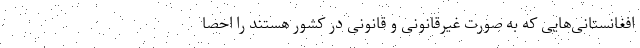
افغانستانی‌هایی که به صورت غیرقانونی و قانونی در کشور هستند را احصا